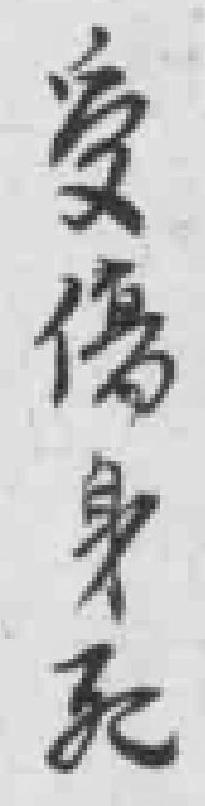
受傷身死